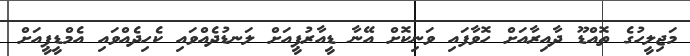
މަޖިލީހުގެ ތޮއްޑޫ ދާއިރާއަށް ހޮވާފައި ވަނިކޮށް އޭނާ ޑީއާރުޕީއަށް ލަނޑުދެއްވައި ކެހިދެއްވައި އެމްޑީޕީއަށް